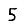
Digit: 5